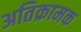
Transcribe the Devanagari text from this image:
अतिक्रामक